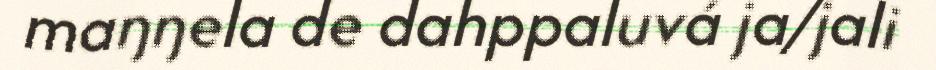
maŋŋela de dahppaluvá ja/jali